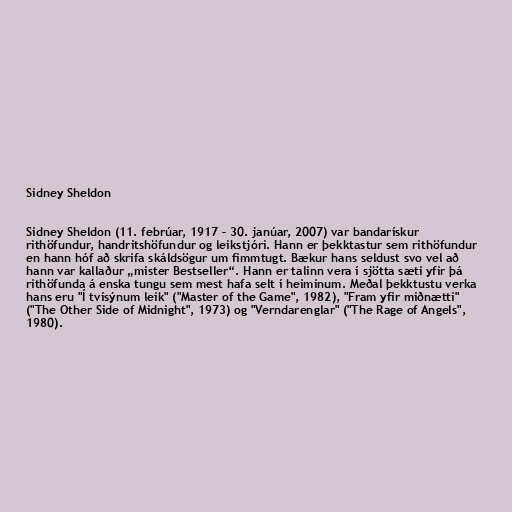
Sidney Sheldon

Sidney Sheldon (11. febrúar, 1917 – 30. janúar, 2007) var bandarískur
rithöfundur, handritshöfundur og leikstjóri. Hann er þekktastur sem rithöfundur
en hann hóf að skrifa skáldsögur um fimmtugt. Bækur hans seldust svo vel að
hann var kallaður „mister Bestseller“. Hann er talinn vera í sjötta sæti yfir þá
rithöfunda á enska tungu sem mest hafa selt í heiminum. Meðal þekktustu verka
hans eru "Í tvísýnum leik" ("Master of the Game", 1982), "Fram yfir miðnætti"
("The Other Side of Midnight", 1973) og "Verndarenglar" ("The Rage of Angels",
1980).